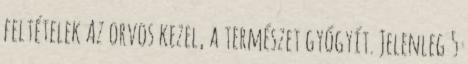
feltételek Az orvos kezel, a természet gyógyít. Jelenleg 5